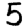
Digit: 5